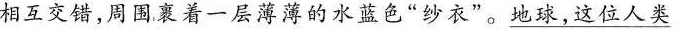
相互交错，周围裹着一层薄薄的水蓝色”纱衣”。地球，这位人类